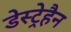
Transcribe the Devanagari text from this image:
डेस्ट्रेहैन